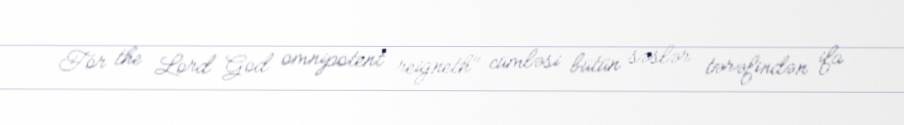
For the Lord God omnipotent reigneth" cümləsi bütün səslər tərəfindən ifa